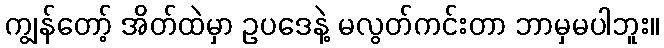
ကျွန်တော့် အိတ်ထဲမှာ ဥပဒေနဲ့ မလွတ်ကင်းတာ ဘာမှမပါဘူး။